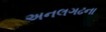
અનલગઢના